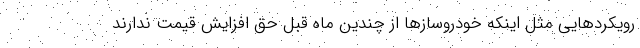
رویکردهایی مثل اینکه خودروسازها از چندین ماه قبل حق افزایش قیمت ندارند